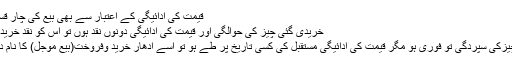
قیمت کی ادائیگی کے اعتبار سے بھی بیع کی چار قسمیں ہیں :
خریدی گئی چیز کی حوالگی اور قیمت کی ادائیگی دونوں نقد ہوں تو اس کو نقد خرید وفروخت
اور اگر چیزکی سپردگی تو فوری ہو مگر قیمت کی ادائیگی مستقبل کی کسی تاریخ پر طے ہو تو اسے ادھار خرید وفروخت(بیع مُؤَجَّل) کا نام دیتے ہیں ۔